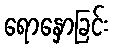
ရောနှောခြင်း